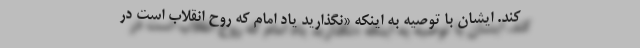
کند. ایشان با توصیه به اینکه «نگذارید یاد امام که روح انقلاب است در